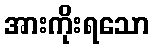
အားကိုးရသော